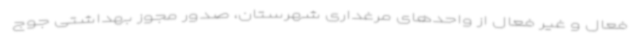
فعال و غیر فعال از واحدهای مرغداری شهرستان، صدور مجوز بهداشتی جوج